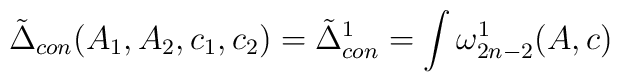
\tilde{\Delta}_{con}(A_{1},A_{2},c_{1},c_{2})=\tilde{\Delta}^{1}_{con}=\int\omega^{1}_{2n-2}(A,c)